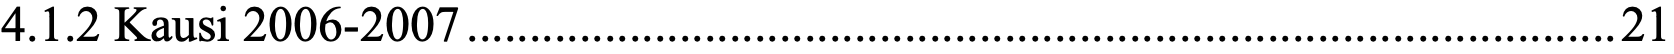
4.1.2 Kausi 2006-2007............................................................................................21